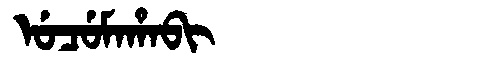
Manchu: ᡠᠴᡠᠮᠠᡥᠠᠪᡳ
Romanization: UCUMAHABI